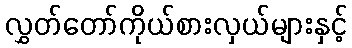
လွှတ်တော်ကိုယ်စားလှယ်များနှင့်